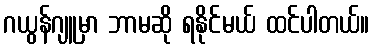
ဂယွန်ဂျူမှာ ဘာမဆို ရနိုင်မယ် ထင်ပါတယ်။